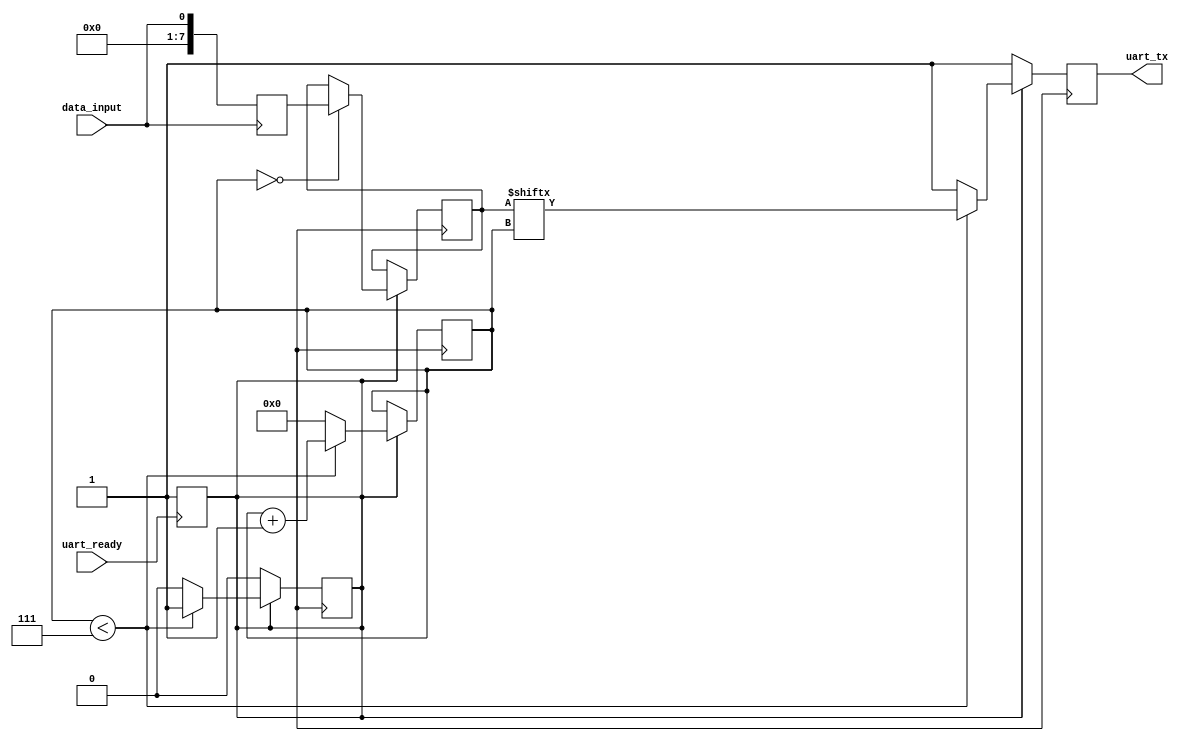
module uart_transmitter (
    input wire data_input, // Data input to be transmitted
    input wire uart_ready, // UART interface ready signal
    output reg uart_tx // UART transmitter output
);

reg [7:0] data_buffer; // Data buffer to store data to be transmitted
reg start_transmit; // Flag to indicate start of data transmission
reg [3:0] baud_count; // Counter for baud rate generation
reg [7:0] shift_register; // Shift register for serializing data output

always @ (posedge data_input)
begin
    data_buffer <= data_input;
end

always @ (posedge uart_ready)
begin
    start_transmit <= 1;
end

always @ (posedge clk)
begin
    if (start_transmit)
    begin
        if (baud_count == 0)
        begin
            shift_register <= data_buffer;
        end
        
        if (baud_count < 7)
        begin
            uart_tx <= shift_register[baud_count];
            baud_count <= baud_count + 1;
        end
        else
        begin
            uart_tx <= 1; // Stop bit
            start_transmit <= 0; // Reset start_transmit flag
 baud_count <= 0; // Reset baud count
        end
    end
    else
    begin
        uart_tx <= 1; // Idle state
    end
end

endmodule